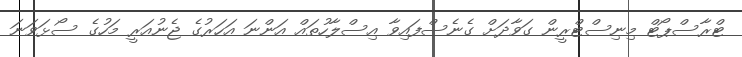
ޓްރާސްޕޯޓް މިނިސްޓްރީން ގަވާދަށް ގެނެސްފައިވާ އިސްލާހުތައް އަންނަ އަހަރުގެ ޖެނުއަރީ މަހުގެ ސޯޅަވަނަ